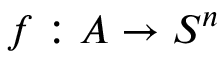
f : A \to S ^ { n }